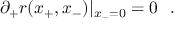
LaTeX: \partial _ { + } r ( x _ { + } , x _ { - } ) | _ { x _ { - } = 0 } = 0 ~ ~ .